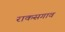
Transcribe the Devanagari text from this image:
राकसगाव